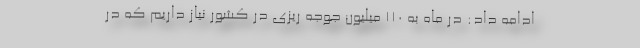
ادامه داد: در ماه به ۱۱۰ میلیون جوجه ریزی در کشور نیاز داریم که در